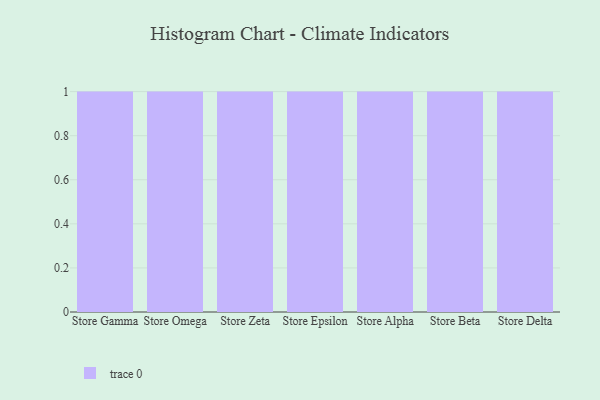
{"axis": {"x": "Store", "y": "Bounce Rate (%)"}, "legend": [""], "data": [{"x": "Store Gamma", "y": 52, "type": ""}, {"x": "Store Omega", "y": 9, "type": ""}, {"x": "Store Zeta", "y": 21, "type": ""}, {"x": "Store Epsilon", "y": 53, "type": ""}, {"x": "Store Alpha", "y": 86, "type": ""}, {"x": "Store Beta", "y": 20, "type": ""}, {"x": "Store Delta", "y": 37, "type": ""}]}